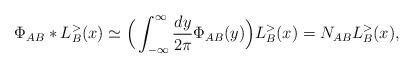
LaTeX: \begin{align*}\Phi _{AB}*L_{B}^{>}(x)\simeq \Big(\int_{-\infty}^{\infty} \frac{d y}{2 \pi} \Phi_{AB}(y)\Big) L_B^{>}(x)= N_{AB} L_B^{>}(x), \end{align*}